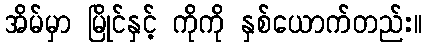
အိမ်မှာ မြိုင်နှင့် ကိုကို နှစ်ယောက်တည်း။